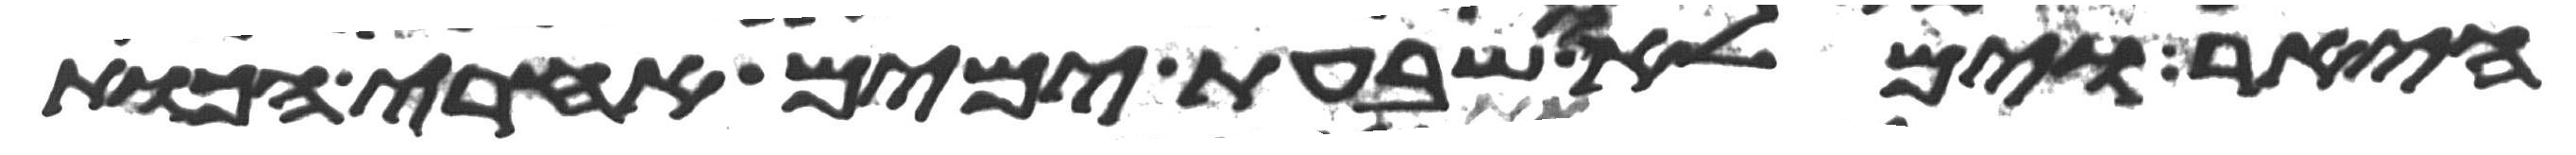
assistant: היאר וימלאו שבעת ימים אחרי הכות